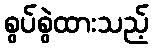
စွပ်စွဲထားသည့်